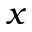
x